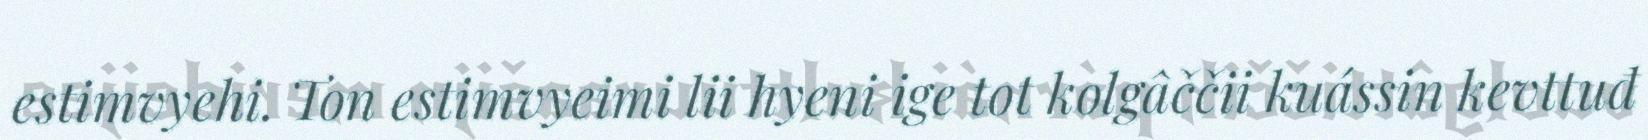
estimvyehi. Ton estimvyeimi lii hyeni ige tot kolgâččii kuássin kevttuđ